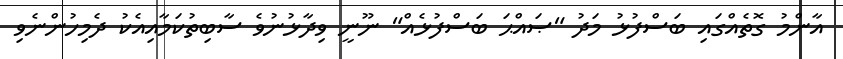
އާންމު ގޮތެއްގައި ބަސްފުޅު މަދު "ޞައްޙަ ބަސްފުޅެއް" ނޫނީ ވިދާޅުނުވެ ސާބިތުކަމާއިއެކު ދެމިހުންނެވި